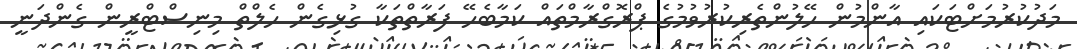
މަދުކުރުމަށްޓަކައި އާންމުން ހޭލުންތެރިކުރުވުމުގެ ޕްރޮގްރާމްތައް ކަމާބެހޭ ފަރާތްތަކާ ގުޅިގެން ހެލްތް މިނިސްޓްރީން ގެންދަނީ